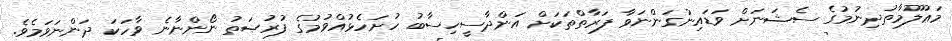
މަޢުލޫމާތުދިނުމުގެ ސެޝަނަށް ވަޑައިނުގަންނަވާ ފަރާތްތަކަށް އަންދާސީހިސާބު ހުށަހެޅުއްވުމުގެ ފުރުޞަތު ނޯންނާނެ ވާހަކަ ދަންނަވަމެވެ.